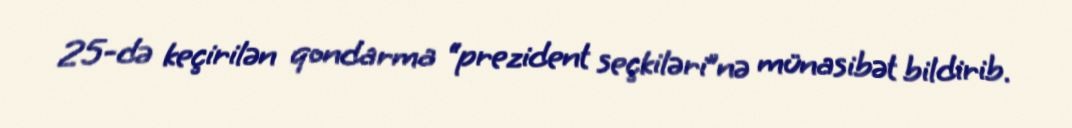
25-də keçirilən qondarma “prezident seçkiləri”nə münasibət bildirib.